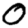
Digit: 0